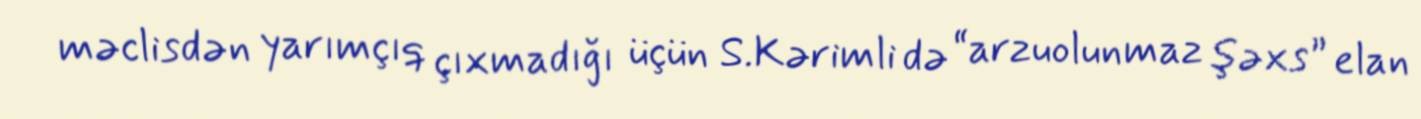
məclisdən yarımçıq çıxmadığı üçün S.Kərimli də “arzuolunmaz şəxs” elan